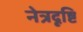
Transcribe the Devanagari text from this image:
नेत्रदृष्टि